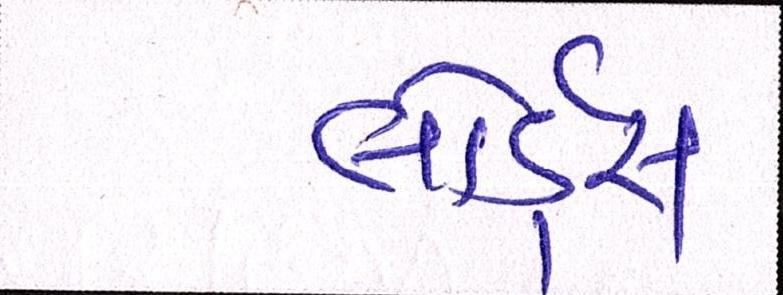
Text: લોર્ડ્સ